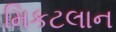
મિકટલાન